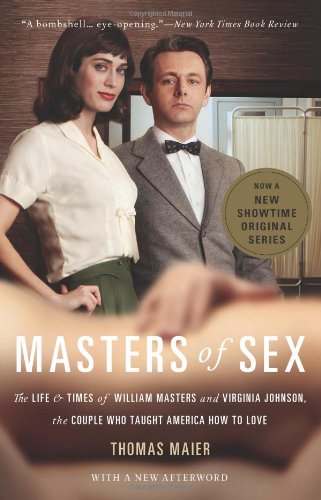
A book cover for Masters of Sex: The Life and Times of William Masters and Virginia Johnson, the Couple Who Taught America How to Love; Thomas Maier; Medical Books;